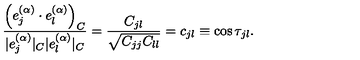
\frac { \left( e _ { j } ^ { ( \alpha ) } \cdot e _ { l } ^ { ( \alpha ) } \right) _ { C } } { | e _ { j } ^ { ( \alpha ) } | _ { C } | e _ { l } ^ { ( \alpha ) } | _ { C } } = \frac { C _ { j l } } { \sqrt { C _ { j j } C _ { l l } } } = c _ { j l } \equiv \cos \tau _ { j l } .